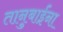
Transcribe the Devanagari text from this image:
तानुबाईंना